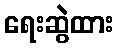
ရေးဆွဲထား